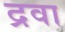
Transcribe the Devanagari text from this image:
द्रवा